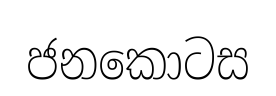
ජනකොටස